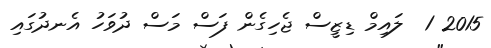
2015 1  ލައިމް ޑިޒީސް ޖެހިގެން ފަސް މަސް ދުވަހު އެނދުގައި